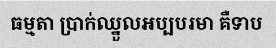
ធម្មតា ប្រាក់ឈ្នួលអប្បបរមា គឺទាប